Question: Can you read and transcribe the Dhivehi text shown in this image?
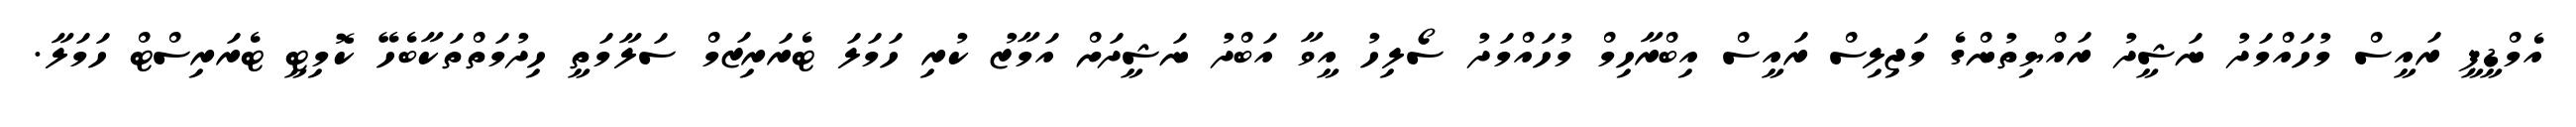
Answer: އެމްޑީޕީ ރައީސް މުހައްމަދު ނަޝީދު ރައްޔިތުންގެ މަޖިލިސް ރައީސް އިބްރާހިމް މުހައްމަދު ސޯލިހު އީވާ އަބްދު ނަޝީދަށް އަމާޒު ކުރި ހަމަލަ ޓެރަރިޒަމް ސަލާމަތީ ހިދުމަތްތަކާބެހޭ ކޮމިޓީ ޓެރަރިސްޓް ހަމަލާ.